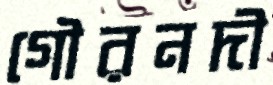
গৌরনদী